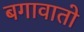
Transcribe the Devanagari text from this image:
बगावातो